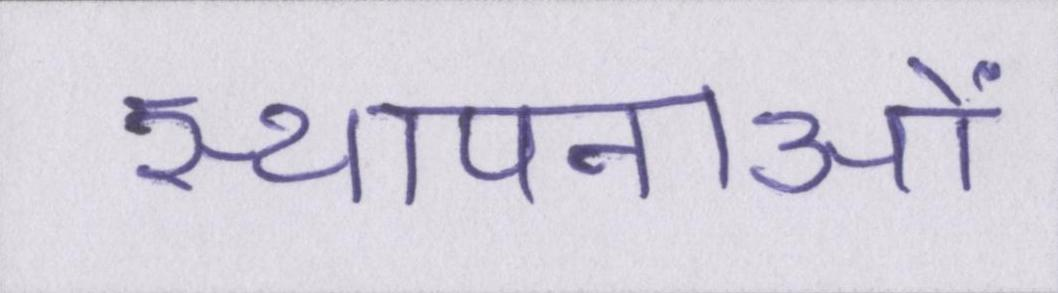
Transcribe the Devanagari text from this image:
स्थापनाओं